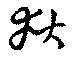
獄